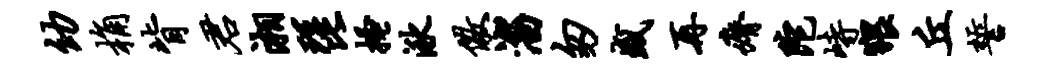
幼桷背君湘琵搔湫儆淄匆盛再瘠陀峙猥丘誓